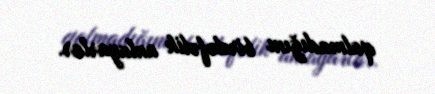
qalmadığını birdəfəlik anlayarlar.